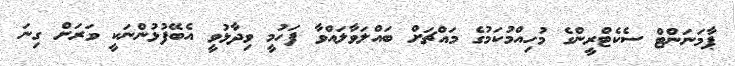
ޕާމަނަންޓް ސެކެޓްރީންގެ މުހިއްމުކަމުގެ މައްޗަށް ބައްލަވާލައްވާ ފަހުމީ ވިދާޅުވީ އެބޭފުޅުންނަކީ ވަރަށް ގިނަ